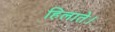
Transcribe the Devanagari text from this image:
हिलाते।